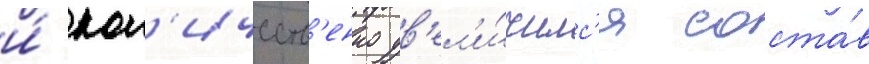
и́ кол'ичеств'енно ув'ел'и́чилс'я соста́в